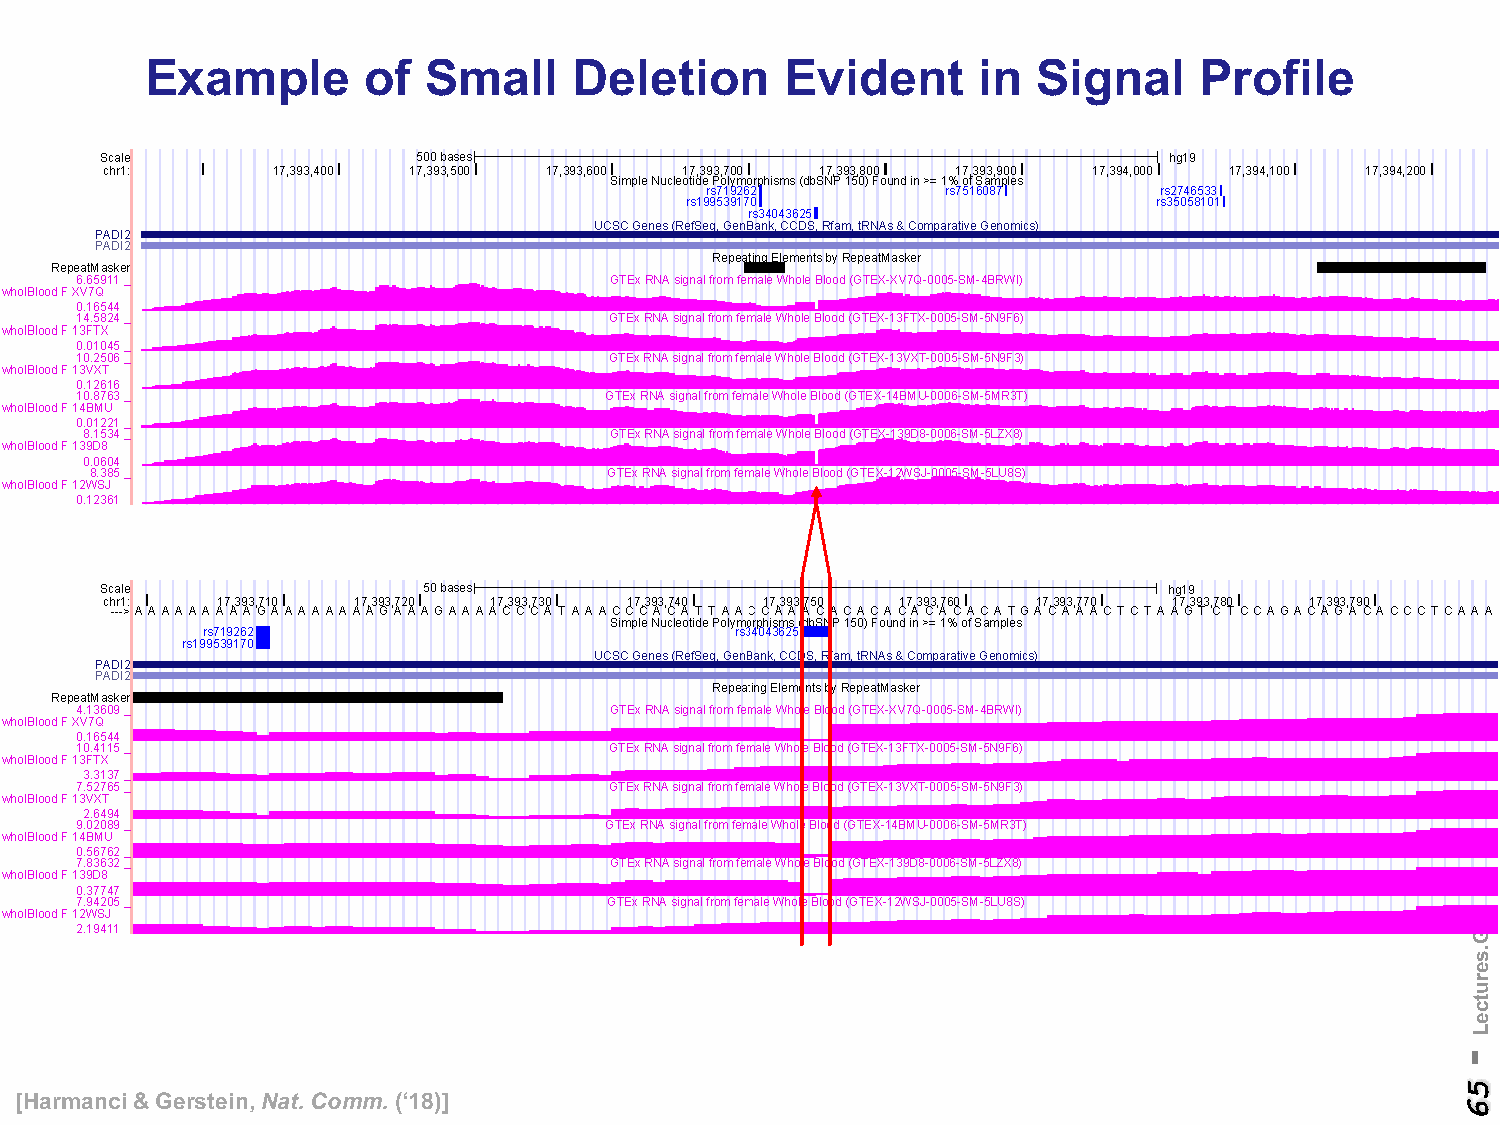
Example       of  Small     Deletion      Evident      in  Signal    Profile
 [Harmanci& Gerstein, Nat. Comm. (‘18)]
 -
 56
 gro.baLnietsreG.serutceL